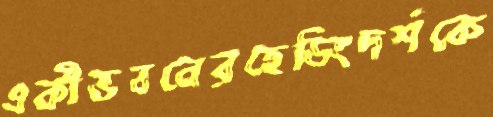
একীভবনেরহেডিংদর্শকে